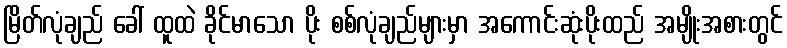
မြိတ်လုံချည် ခေါ် ထူထဲ ခိုင်မာသော ပိုး စစ်လုံချည်များမှာ အကောင်းဆုံးပိုးထည် အမျိုးအစားတွင်